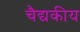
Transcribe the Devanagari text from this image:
चैद्यकीय